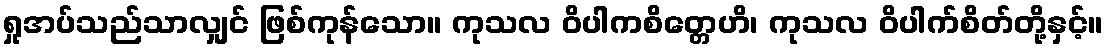
ရှုအပ်သည်သာလျှင် ဖြစ်ကုန်သော။ ကုသလ ဝိပါကစိတ္တေဟိ၊ ကုသလ ဝိပါက်စိတ်တို့နှင့်။